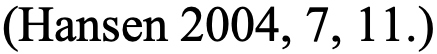
(Hansen 2004, 7, 11.)